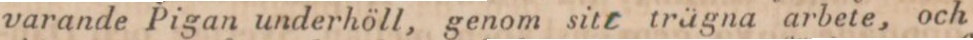
varande Pigan underhöll, genom sitt trägna arbete, och